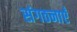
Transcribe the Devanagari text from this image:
संगठनाएँ